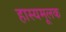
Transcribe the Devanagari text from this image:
हास्यमूलक